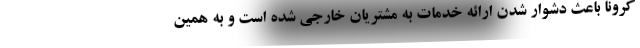
کرونا باعث دشوار شدن ارائه خدمات به مشتریان خارجی شده است و به همین